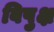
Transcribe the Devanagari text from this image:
विपुक्ष